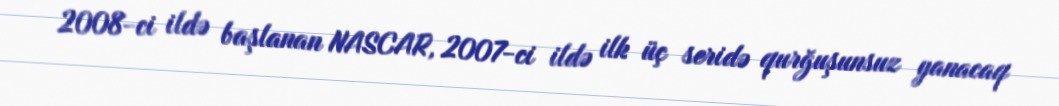
2008-ci ildə başlanan NASCAR, 2007-ci ildə ilk üç seridə qurğuşunsuz yanacaq